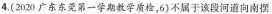
4.(2020广东东莞第一学期教学质检，6)不属于该段河道向南摆